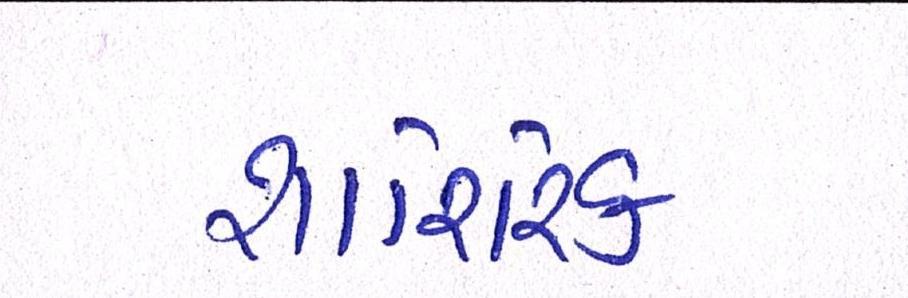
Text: શારિરિક